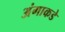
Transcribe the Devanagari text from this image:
अंगाकडे